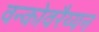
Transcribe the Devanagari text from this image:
वन्कोवरैय्यन